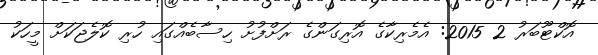
އޮކްޓޫބަރު 2 2015: އެމެރިކާގެ އޮރިގަންގެ ރަށްފުށު ހިސާބެއްގައި ހުރި ކޮލެޖަކަށް މީހަކު